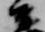
公